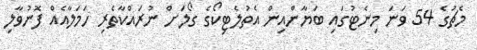
މެޗުގެ 54 ވަނަ މިނެޓުގައި ބަޔާންއިން އެތުލެޓިކޯގެ ގޯލަށް ނުރައްކާތެރި ހަމަލާއެއް ފޮނުވާލި